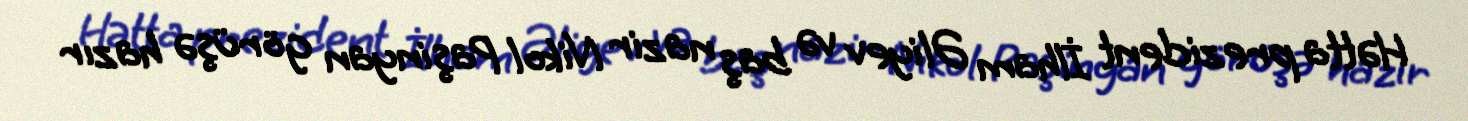
Hətta prezident İlham Əliyev və baş nazir Nikol Paşinyan görüşə hazır